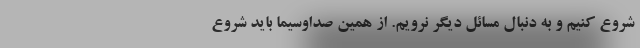
شروع کنیم و به دنبال مسائل دیگر نرویم. از همین صداوسیما باید شروع